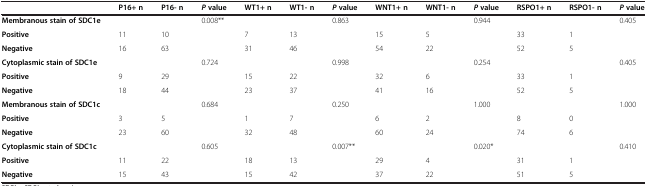
<table><thead><tr><td><b> </b></td><td><b>P16+ n</b></td><td><b>P16- n</b></td><td><b><i>P</i>value</b></td><td><b>WT1+ n</b></td><td><b>WT1- n</b></td><td><b><i>P</i>value</b></td><td><b>WNT1+ n</b></td><td><b>WNT1- n</b></td><td><b><i>P</i>value</b></td><td><b>RSPO1+ n</b></td><td><b>RSPO1- n</b></td><td><b><i>P</i>value</b></td></tr></thead><tbody><tr><td><b>Membranous stain of SDC1e</b></td><td> </td><td> </td><td>0.008**</td><td> </td><td> </td><td>0.863</td><td> </td><td> </td><td>0.944</td><td> </td><td> </td><td>0.405</td></tr><tr><td><b>Positive</b></td><td>11</td><td>10</td><td> </td><td>7</td><td>13</td><td> </td><td>15</td><td>5</td><td> </td><td>33</td><td>1</td><td> </td></tr><tr><td><b>Negative</b></td><td>16</td><td>63</td><td> </td><td>31</td><td>46</td><td> </td><td>54</td><td>22</td><td> </td><td>52</td><td>5</td><td> </td></tr><tr><td><b>Cytoplasmic stain of SDC1e</b></td><td> </td><td> </td><td>0.724</td><td> </td><td> </td><td>0.998</td><td> </td><td> </td><td>0.254</td><td> </td><td> </td><td>0.405</td></tr><tr><td><b>Positive</b></td><td>9</td><td>29</td><td> </td><td>15</td><td>22</td><td> </td><td>32</td><td>6</td><td> </td><td>33</td><td>1</td><td> </td></tr><tr><td><b>Negative</b></td><td>18</td><td>44</td><td> </td><td>23</td><td>37</td><td> </td><td>41</td><td>16</td><td> </td><td>52</td><td>5</td><td> </td></tr><tr><td><b>Membranous stain of SDC1c</b></td><td> </td><td> </td><td>0.684</td><td> </td><td> </td><td>0.250</td><td> </td><td> </td><td>1.000</td><td> </td><td> </td><td>1.000</td></tr><tr><td><b>Positive</b></td><td>3</td><td>5</td><td> </td><td>1</td><td>7</td><td> </td><td>6</td><td>2</td><td> </td><td>8</td><td>0</td><td> </td></tr><tr><td><b>Negative</b></td><td>23</td><td>60</td><td> </td><td>32</td><td>48</td><td> </td><td>60</td><td>24</td><td> </td><td>74</td><td>6</td><td> </td></tr><tr><td><b>Cytoplasmic stain of SDC1c</b></td><td> </td><td> </td><td>0.605</td><td> </td><td> </td><td>0.007**</td><td> </td><td> </td><td>0.020*</td><td> </td><td> </td><td>0.410</td></tr><tr><td><b>Positive</b></td><td>11</td><td>22</td><td> </td><td>18</td><td>13</td><td> </td><td>29</td><td>4</td><td> </td><td>31</td><td>1</td><td> </td></tr><tr><td><b>Negative</b></td><td>15</td><td>43</td><td> </td><td>15</td><td>42</td><td> </td><td>37</td><td>22</td><td> </td><td>51</td><td>5</td><td> </td></tr></tbody></table>